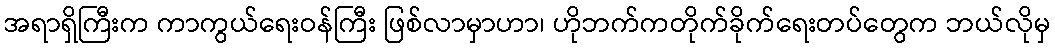
အရာရှိကြီးက ကာကွယ်ရေးဝန်ကြီး ဖြစ်လာမှာဟာ၊ ဟိုဘက်ကတိုက်ခိုက်ရေးတပ်တွေက ဘယ်လိုမှ